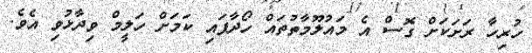
ހުރިހާ ރަށަކަށް ގޮސް އެ މައުލޫމާތުތައް ހޯދާފައި ކަމަށް ހަލީމް ވިދާޅުވި އެވެ.